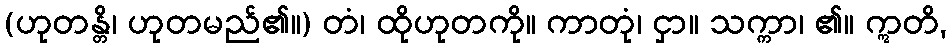
(ဟုတန္တိ၊ ဟုတမည်၏။) တံ၊ ထိုဟုတကို။ ကာတုံ၊ ငှာ။ သက္ကာ၊ ၏။ ဣတိ,